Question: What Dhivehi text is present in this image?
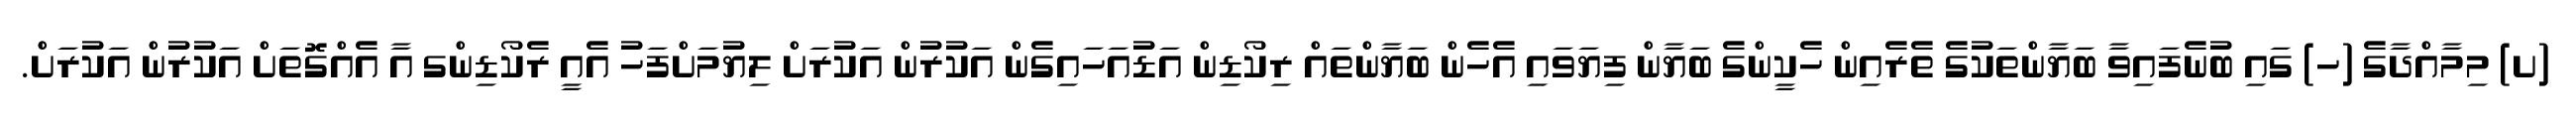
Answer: (ށ) މިމާއްދާގެ (ހ) ގައި ބުނެފައިވާ ބަޔާންތަކުގެ ތެރެއިން ހެކީންގެ ބަޔާން ފިޔަވައި އެހެން ބަޔާންތައް ރިކޯޑިން އަޑުއަހައިގެން އަކުރުން އަކުރަށް ލިޔުމަށްފަހު އެއީ ރެކޯޑިންގ އާ އެއްގޮތަށް އަކުރުން އަކުރަށް.